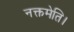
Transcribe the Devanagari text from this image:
नक्तमेति।